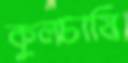
কুলচাষি